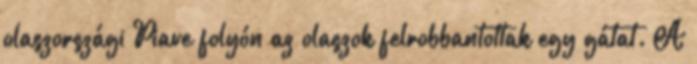
olaszországi Piave folyón az olaszok felrobbantottak egy gátat. A